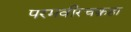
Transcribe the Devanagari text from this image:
परमवीरचक्रहा